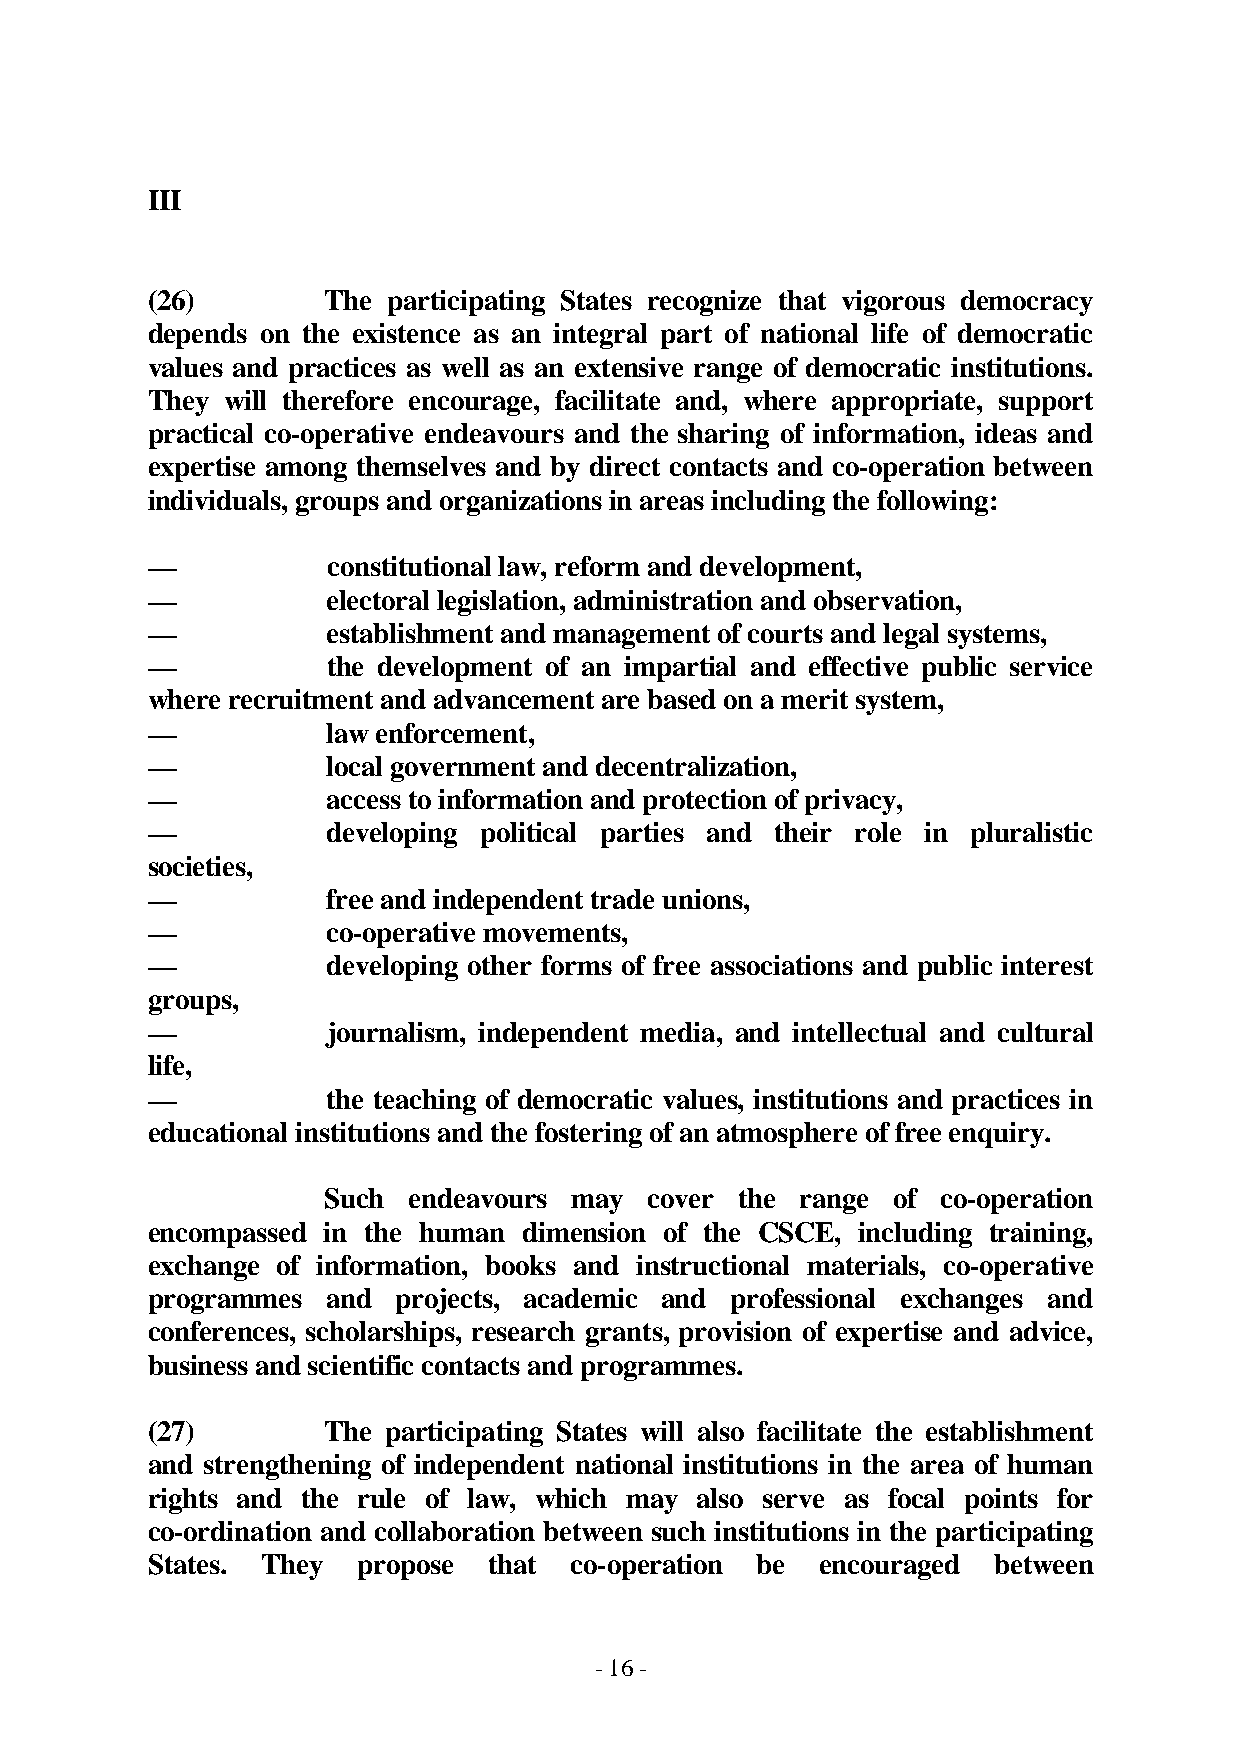
III
 (26)        The participating States recognize that vigorous democracy
 depends on the existence as an integral part of national life of democratic
 values and practices as well as an extensive range of democratic institutions.
 They will therefore encourage, facilitate and, where appropriate, support
 practical co-operative endeavours and the sharing of information, ideas and
 expertise among themselves and by direct contacts and co-operation between
 individuals, groups and organizations in areas including the following:
 —           constitutional law, reform and development,
 —           electoral legislation, administration and observation,
 —           establishment and management of courts and legal systems,
 —           the development of an impartial and effective public service
 where recruitment and advancement are based on a merit system,
 —           law enforcement,
 —           local government and decentralization,
 —           access to information and protection of privacy,
 —           developing political parties and their role in pluralistic
 societies,
 —           free and independent trade unions,
 —           co-operative movements,
 —           developing other forms of free associations and public interest
 groups,
 —           journalism, independent media, and intellectual and cultural
 life,
 —           the teaching of democratic values, institutions and practices in
 educational institutions and the fostering of an atmosphere of free enquiry.
 Such endeavours may  cover the range of co-operation
 encompassed in the human dimension of the CSCE, including training,
 exchange of information, books and instructional materials, co-operative
 programmes  and projects, academic and professional exchanges and
 conferences, scholarships, research grants, provision of expertise and advice,
 business and scientific contacts and programmes.
 (27)        The participating States will also facilitate the establishment
 and strengthening of independent national institutions in the area of human
 rights and the rule of law, which may also serve as focal points for
 co-ordination and collaboration between such institutions in the participating
 States. They  propose that  co-operation be encouraged  between
 - 16 -